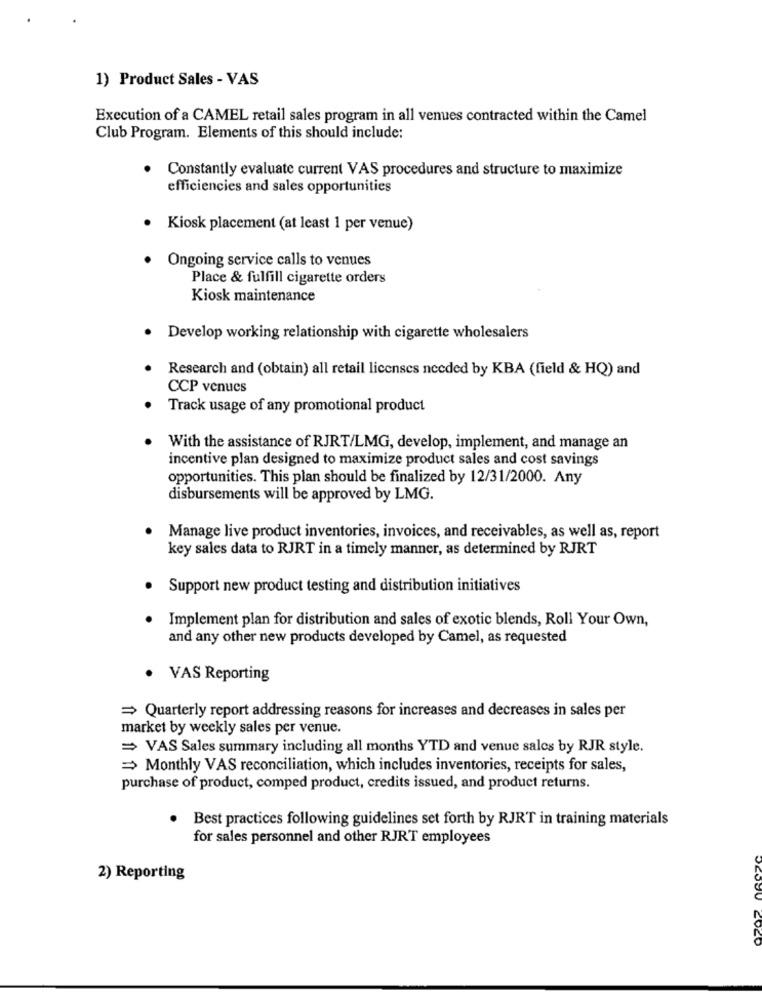
1) Product Sales - VAS
Execution of a CAMEL retail sales program in all venues contracted within the Camel
Club Program. Elements of this should include:
Constantly evaluate current VAS procedures and structure to maximize
efficiencies and sales opportunities
Kiosk placement (at least 1 per venue)
Ongoing service calls to venues
Place & fulfill cigarette orders
Kiosk maintenance
Develop working relationship with cigarette wholesalers
Research and (obtain) all retail licenses needed by KBA (field & HQ) and
CCP venues
Track usage of any promotional product
With the assistance of RJRT/LMG, develop, implement, and manage an
incentive plan designed to maximize product sales and cost savings
opportunities. This plan should be finalized by 12/31/2000. Any
disbursements will be approved by LMG.
Manage live product inventories, invoices, and receivables, as well as, report
key sales data to RJRT in a timely manner, as determined by RJRT
Support new product testing and distribution initiatives
Implement plan for distribution and sales of exotic blends, Roll Your Own,
and any other new products developed by Camel, as requested
VAS Reporting
= Quarterly report addressing reasons for increases and decreases in sales per
market by weekly sales per venue.
= VAS Sales summary including all months YTD and venue sales by RJR style.
= Monthly VAS reconciliation, which includes inventories, receipts for sales,
purchase of product, comped product, credits issued, and product returns.
. Best practices following guidelines set forth by RJRT in training materials
for sales personnel and other RJRT employees
2) Reporting